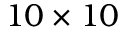
1 0 \times 1 0